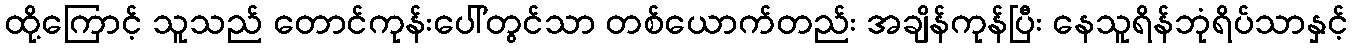
ထို့ကြောင့် သူသည် တောင်ကုန်းပေါ်တွင်သာ တစ်ယောက်တည်း အချိန်ကုန်ပြီး နေသူရိန်ဘုံရိပ်သာနှင့်